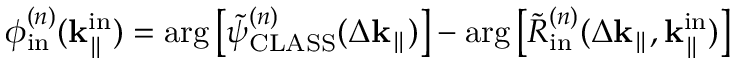
\phi _ { \mathrm { i n } } ^ { ( n ) } ( \mathbf { k } _ { \parallel } ^ { \mathrm { i n } } ) = \arg \left[ \Tilde { \psi } _ { \mathrm { C L A S S } } ^ { ( n ) } ( \Delta \mathbf { k } _ { \parallel } ) \right] - \arg \left[ \Tilde { R } _ { \mathrm { i n } } ^ { ( n ) } ( \Delta \mathbf { k } _ { \parallel } , \mathbf { k } _ { \parallel } ^ { \mathrm { i n } } ) \right]